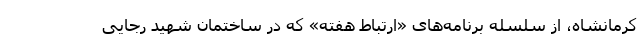
کرمانشاه، از سلسله برنامه‌های «ارتباط هفته» که در ساختمان شهید رجایی